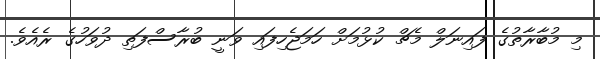
މި މުބާރާތުގެ ފައިނަލް މެޗް ކުޅުމަށް ހަމަޖެހިފައި ވަނީ ބުރާސްފަތި ދުވަހުގެ ރެއެވެ.